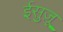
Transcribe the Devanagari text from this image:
ईसुज़ू